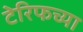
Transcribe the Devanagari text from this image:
टेरिफच्या